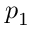
p _ { 1 }